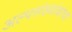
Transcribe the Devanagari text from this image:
अल्पसंख्यांकांचा